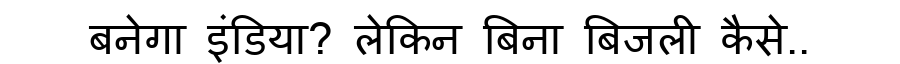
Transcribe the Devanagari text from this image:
बनेगा इंडिया? लेकिन बिना बिजली कैसे..